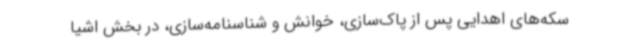
سکه‌های اهدایی پس از پاک‌سازی، خوانش و شناسنامه‌سازی، در بخش اشیا